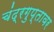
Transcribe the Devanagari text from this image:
चंद्रगुप्तावर